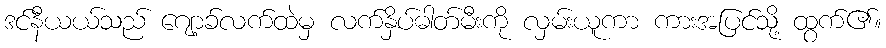
ဒင်နီယယ်သည် ဂျော့ခ်လက်ထဲမှ လက်နှိပ်ဓါတ်မီးကို လှမ်းယူကာ ကားအပြင်သို့ ထွက်၏။